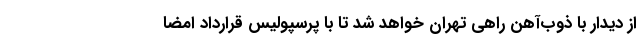
از دیدار با ذوب‌آهن راهی تهران خواهد شد تا با پرسپولیس قرارداد امضا